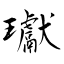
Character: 瓛